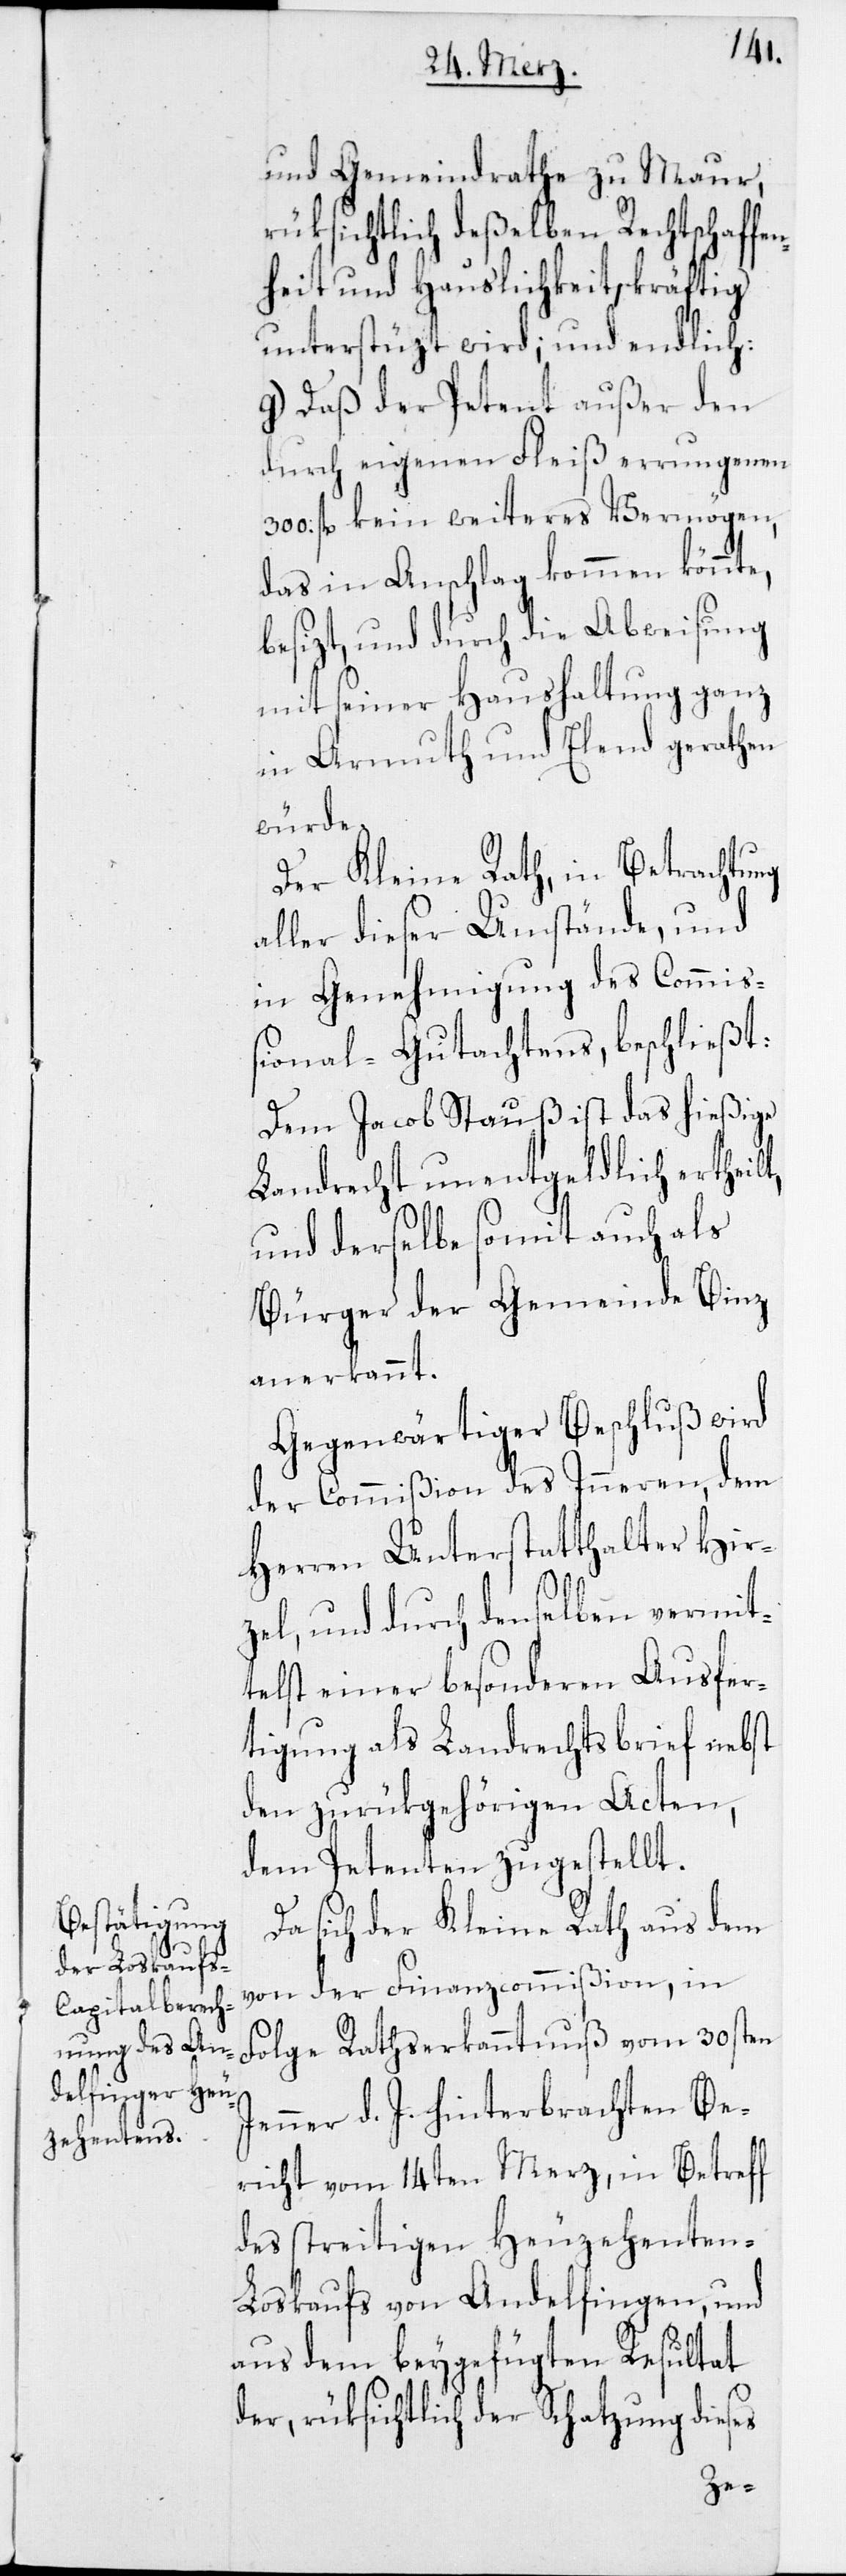
und Gemeindrathe zu Maur,
rüksichtlich deßelben Rechtschaffen¬
heit und Hauslichkeit, kräftig
unterstüzt wird; und endlich:
g) Daß der Petent außer den
durch eigenen Fleiß errungenen
fl. kein weiteres Vermögen,
das in Anschlag kommen könnte,
besizt, und durch die Abweisung
mit seiner Haushaltung ganz
in Armuth und Elend gerathen
würde.
Der Kleine Rath, in Betrachtung
aller dieser Umstände, und
in Genehmigung des Commiß¬
ional-Gutachtens, beschließt:
Dem Jacob Stauß ist das hießige
Landrecht unentgeldlich ertheilt,
und derselbe somit auch als
Bürger der Gemeinde Binz
anerkannt.
Gegenwärtiger Beschluß wird
der Commißion des Inneren, dem
Herren Unterstatthalter Hir¬
zel, und durch denselben vermit¬
telst einer besonderen Ausfer¬
tigung als Landrechtsbrief nebst
den zurükgehörigen Acten,
dem Petenten zugestellt.
sich der Kleine Rath aus dem
von der Finanzcommißion, in
Folge Rathserkanntnuß vom 30sten
Jenner d. J. hinterbrachten Be¬
richt vom 14ten Merz, in Betreff
des streitigen Heuzehenten-L¬
oskaufs von Andelfingen, und
aus dem beygefügten Resultat
der, rüksichtlich der Schatzung dieses